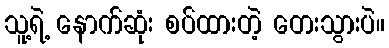
သူ့ရဲ့ နောက်ဆုံး စပ်ထားတဲ့ တေးသွားပဲ။